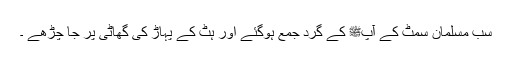
سب مسلمان سمٹ کے آپﷺ کے گرد جمع ہوگئے اور ہٹ کے پہاڑ کی گھاٹی پر جا چڑھے ۔